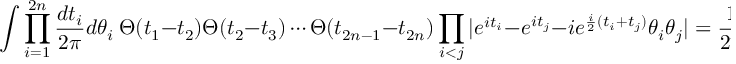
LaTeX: \int \prod _ { i = 1 } ^ { 2 n } { \frac { d t _ { i } } { 2 \pi } } d \theta _ { i } ~ \Theta ( t _ { 1 } - t _ { 2 } ) \Theta ( t _ { 2 } - t _ { 3 } ) \cdots \Theta ( t _ { 2 n - 1 } - t _ { 2 n } ) \prod _ { i < j } | e ^ { i t _ { i } } - e ^ { i t _ { j } } - i e ^ { \frac { i } { 2 } ( t _ { i } + t _ { j } ) } \theta _ { i } \theta _ { j } | = { \frac { 1 } { 2 ^ { n } } } ~ ,